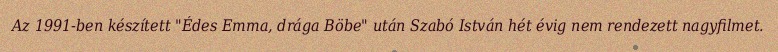
Az 1991-ben készített "Édes Emma, drága Böbe" után Szabó István hét évig nem rendezett nagyfilmet.